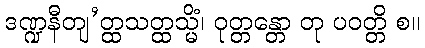
ဒဏ္ဍနီတျ’တ္ထသတ္ထသ္မိံ၊ ဝုတ္တန္တော တု ပဝတ္တိ စ။